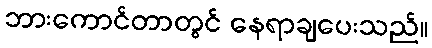
ဘားကောင်တာတွင် နေရာချပေးသည်။